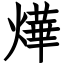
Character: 燁